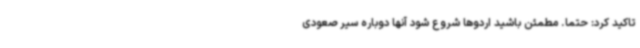
تاکید کرد: حتما. مطمئن باشید اردوها شروع شود آنها دوباره سیر صعودی